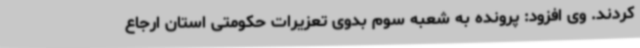
کردند. وی افزود: پرونده به شعبه سوم بدوی تعزیرات حکومتی استان ارجاع